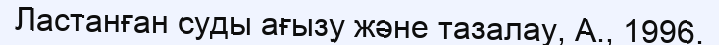
Ластанған суды ағызу және тазалау, А., 1996.